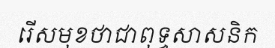
រើសមុខថាជាពុទ្ធសាសនិក